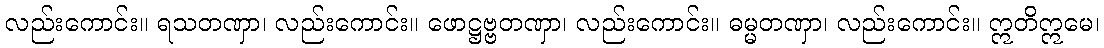
လည်းကောင်း။ ရသတဏှာ၊ လည်းကောင်း။ ဖောဋ္ဌဗ္ဗတဏှာ၊ လည်းကောင်း။ ဓမ္မတဏှာ၊ လည်းကောင်း။ ဣတိဣမေ၊